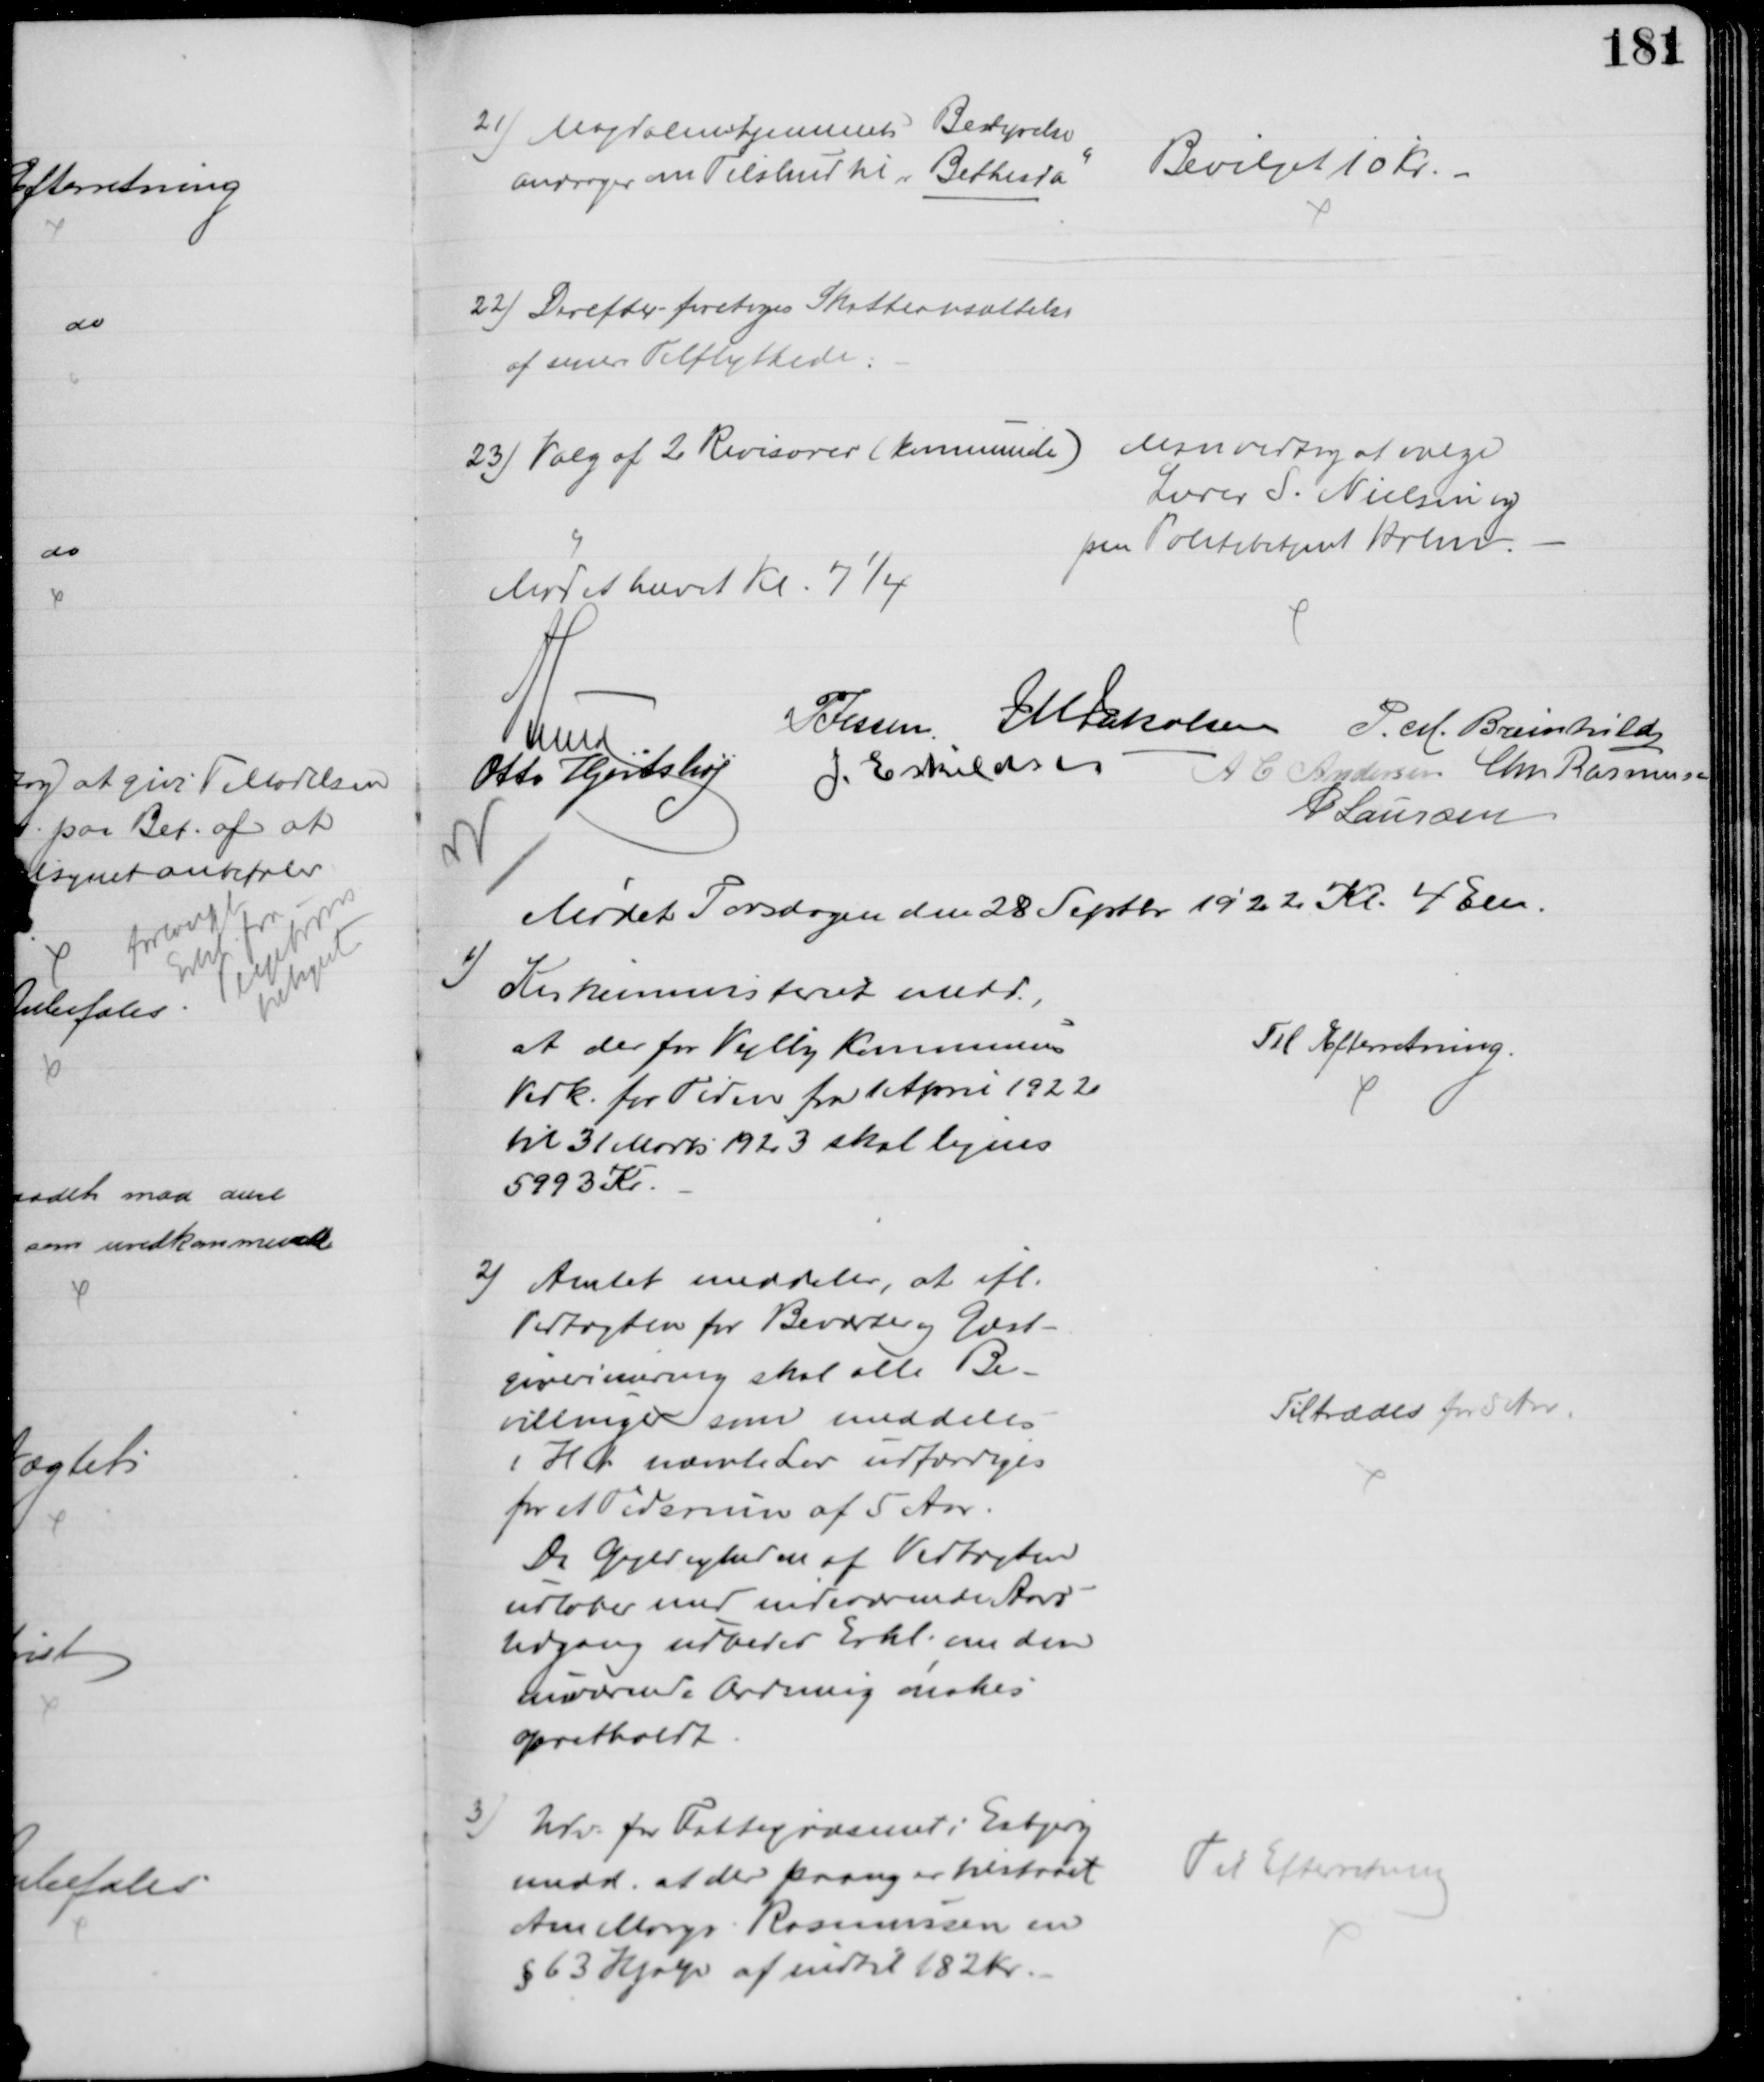
Transskription:
21) Magdalenehjemmets Bestyrelse
andrager om Tilskud til "Bethesda"
Bevilget 10 Kr
22) Derefter foretoges Skatteansættelse
af senere Tilflyttede.
23) Valg af 2 Revisorer (kommunale)
Man vedtog at vælge
Lærer S. Nielsen og
pen Politibetjent Holm.
Mødet hævet Kl. 7¼
A Lund
P Jessen J M Jakobsen P. M. Breinhild
Otto Hjortshøj
J. Eskildsen A C Andersen Chr Rasmussen
P Laursen
Mødet Torsdagen den 28 Septbr 1922 Kl. 4 Em.
1) Kirkeministeriet medd.,
at der for Vejlby Kommunes
Vedk. for Tiden fra 1 April 1922
til 31 Marts 1923 skal lignes
5993 Kr.
Til Efterretning.
2) Amtet meddeler, at ifl.
Vedtægten for Beværter og Gæst-
giverinæring skal alle Be-
villinger som meddeles
i H t nævnte Lov udfærdiges
for et Tidsrum af 5 Aar.
Da Gyldigheden af Vedtægten
udløber med indeværende Aars
Udgang udbedes Erkl. om den
nuværende Ordning ønskes
opretholdt
Tiltrædes for 5 Aar.
3) Udv. for Fattigvæsenet i Esbjerg
medd. at der paany er tilstaaet
Ane Margr Rasmussen en
§ 63 Hjælp af indtil 182 Kr.
Til Efterretning